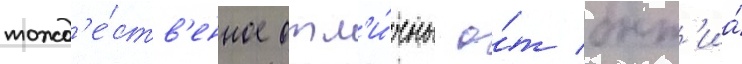
тожд'е́ств'енное отл'и́чны о́т быт'иа́